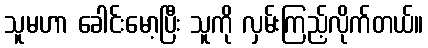
သူမဟာ ခေါင်းမော့ပြီး သူကို လှမ်းကြည့်လိုက်တယ်။